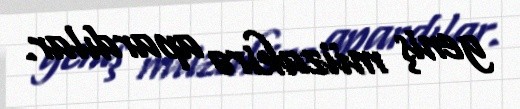
geniş müzakirə apardılar.